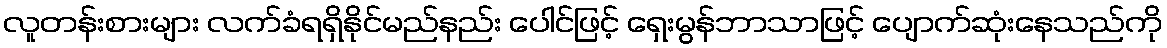
လူတန်းစားများ လက်ခံရရှိနိုင်မည်နည်း ပေါင်ဖြင့် ရှေးမွန်ဘာသာဖြင့် ပျောက်ဆုံးနေသည်ကို